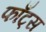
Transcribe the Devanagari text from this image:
फाँट्‌स